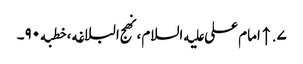
۷. ↑ امام علی علیه‌السلام، نهج البلاغه، خطبه۹۰۔